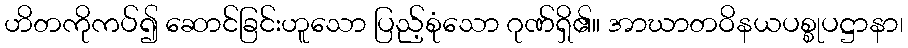
ဟိတကိုကပ်၍ ဆောင်ခြင်းဟူသော ပြည့်စုံသော ဂုဏ်ရှိ၏။ အာဃာတဝိနယပစ္စုပဋ္ဌာနာ၊